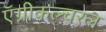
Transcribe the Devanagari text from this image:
ऍग्रीकल्चरल